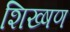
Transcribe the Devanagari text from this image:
शिख्षण